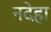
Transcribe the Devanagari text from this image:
नदेहा